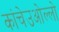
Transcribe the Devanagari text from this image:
कांचेउओल्लो